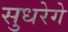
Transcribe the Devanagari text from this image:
सुधरेगे